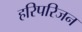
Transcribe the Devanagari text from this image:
हरिपरिजन